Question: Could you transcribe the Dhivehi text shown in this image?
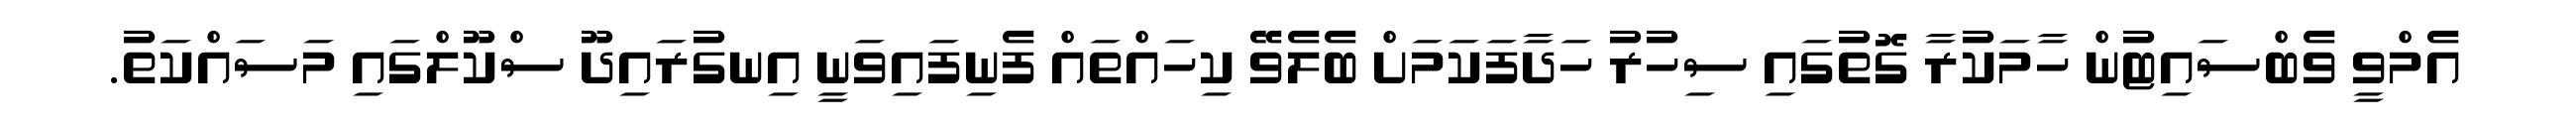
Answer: އެމްވީ ވެބްސައިޓުން ހާމަކުރާ ގޮތުގައި ސިހުރު ހަދާފަކަމަށް ބެލެވޭ ކިހައްތައް ފެނިފައިވަނީ އިނގުރައިދޫ ސްކޫލްގައި މަސައްކަތު.